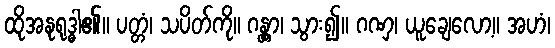
ထိုအနုရုဒ္ဓါ၏။ ပတ္တံ၊ သပိတ်ကို။ ဂန္တွာ၊ သွား၍။ ဂဏှ၊ ယူချေလော့။ အဟံ၊